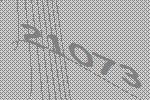
21073